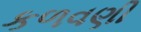
કળવણી